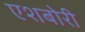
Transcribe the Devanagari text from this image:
एशबोरी